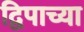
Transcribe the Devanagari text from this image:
द्विपाच्या